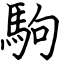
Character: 駒